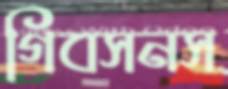
গিবসনস